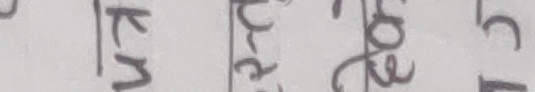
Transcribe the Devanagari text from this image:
कुन टास १०२ १५